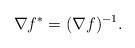
LaTeX: \begin{align*}\nabla f^*=(\nabla f)^{-1}.\end{align*}